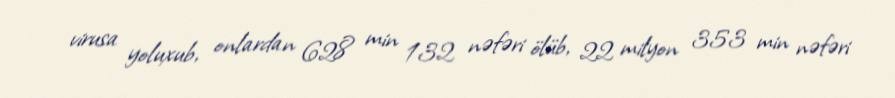
virusa yoluxub, onlardan 628 min 132 nəfəri ölüb, 22 milyon 353 min nəfəri